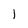
Character: 1